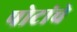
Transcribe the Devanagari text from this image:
पोटांचे